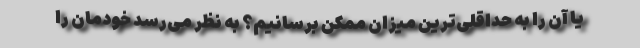
یا آن را به حداقلی‌ترین میزان ممکن برسانیم؟ به نظر می‌رسد خودمان را